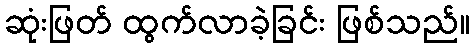
ဆုံးဖြတ် ထွက်လာခဲ့ခြင်း ဖြစ်သည်။